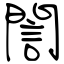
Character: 誾